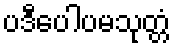
ပဒီပေါပမသုတ္တံ